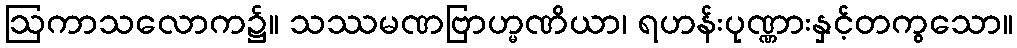
ဩကာသလောက၌။ သဿမဏဗြာဟ္မဏိယာ၊ ရဟန်းပုဏ္ဏားနှင့်တကွသော။